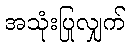
အသုံးပြုလျှက်